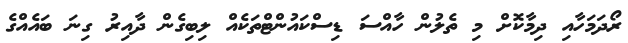
ރޯދަމަހާއި ދިމާކޮށް މި ތެލުން ހާއްސަ ޑިސްކައުންޓްތަކެއް ލިބިގެން ދާއިރު ގިނަ ބައެއްގެ